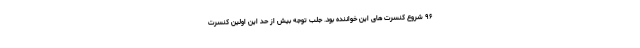
۹۶ شروع کنسرت های این خواننده بود. جلب توجه بیش از حد این اولین کنسرت